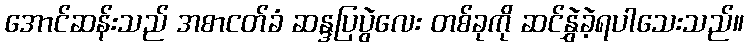
အောင်ဆန်းသည် အစာငတ်ခံ ဆန္ဒပြပွဲလေး တစ်ခုကို ဆင်နွှဲခဲ့ရပါသေးသည်။